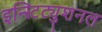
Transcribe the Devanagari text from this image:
इन्स्टिट्युशनल